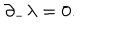
{ \partial } _ { - } { \lambda } = 0 .